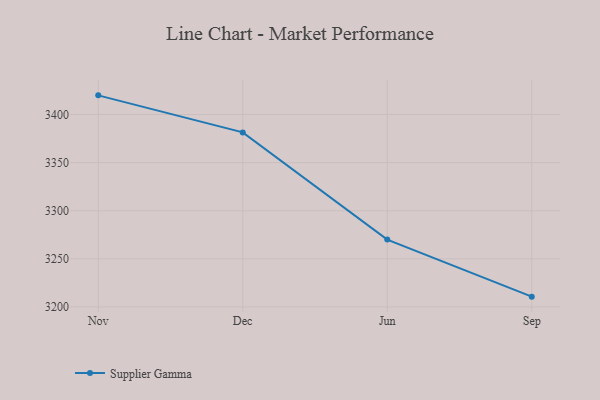
{"axis": {"x": "Month", "y": "Inventory Turnover"}, "legend": ["Supplier Gamma"], "data": [{"x": "Nov", "y": 3419.9, "type": "Supplier Gamma"}, {"x": "Dec", "y": 3381.4, "type": "Supplier Gamma"}, {"x": "Jun", "y": 3270.0, "type": "Supplier Gamma"}, {"x": "Sep", "y": 3210.7, "type": "Supplier Gamma"}]}